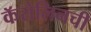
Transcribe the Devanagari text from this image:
कॅरोलिनची